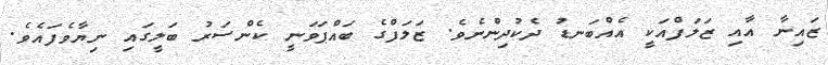
ޒައިނާ އާއި ޒަލަފްއަކީ އެއްބަނޑު ދެކުދިންނެވެ. ޒަލަފްގެ ބައްޕަވަނީ ކެންސަރު ބަލީގައި ނިޔާވެފައެވެ.